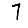
Digit: 7